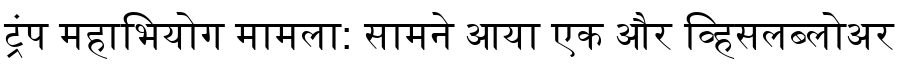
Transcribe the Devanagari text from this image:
ट्रंप महाभियोग मामला: सामने आया एक और व्हिसलब्लोअर